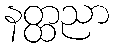
နတ္ထညာ